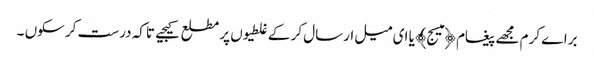
براے کرم مجھے پیغام ﴿میسج﴾ یا ای میل ارسال کر کے غلطیوں پر مطلع کیجیے تاکہ درست کر سکوں ۔